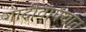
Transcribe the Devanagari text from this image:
गादीवाफ्यात